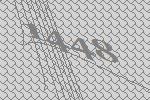
1448